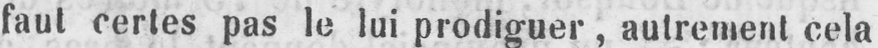
faut certes pas le lui prodiguer, autrement cela